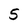
Character: 5